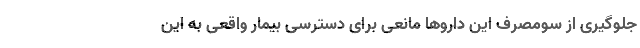
جلوگیری از سومصرف این دارو‌ها مانعی برای دسترسی بیمار واقعی به این